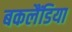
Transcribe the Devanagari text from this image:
बकलैंडिया